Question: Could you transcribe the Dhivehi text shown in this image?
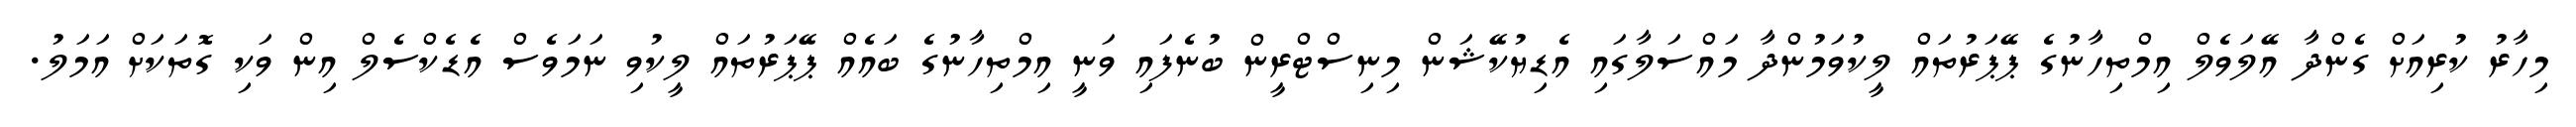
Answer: މިހާރު ކުރިއަށް ގެންދާ އޭލަވެލް އިމްތިހާނުގެ ޕޭޕަރުތައް ލީކުވަމުންދާ މައްސަލާގައި އެޑިޔުކޭޝަން މިނިސްޓްރީން ބުނެފައި ވަނީ އިމްތިހާނުގެ ބައެއް ޕޭޕަރުތައް ލީކުވި ނަމަވެސް އެޑެކްސެލް އިން ވަކި ގޮތަކަށް އަމަލު.